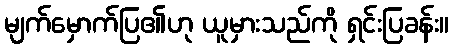
မျက်မှောက်ပြ၏ဟု ယူမှားသည်ကို ရှင်းပြခန်း။